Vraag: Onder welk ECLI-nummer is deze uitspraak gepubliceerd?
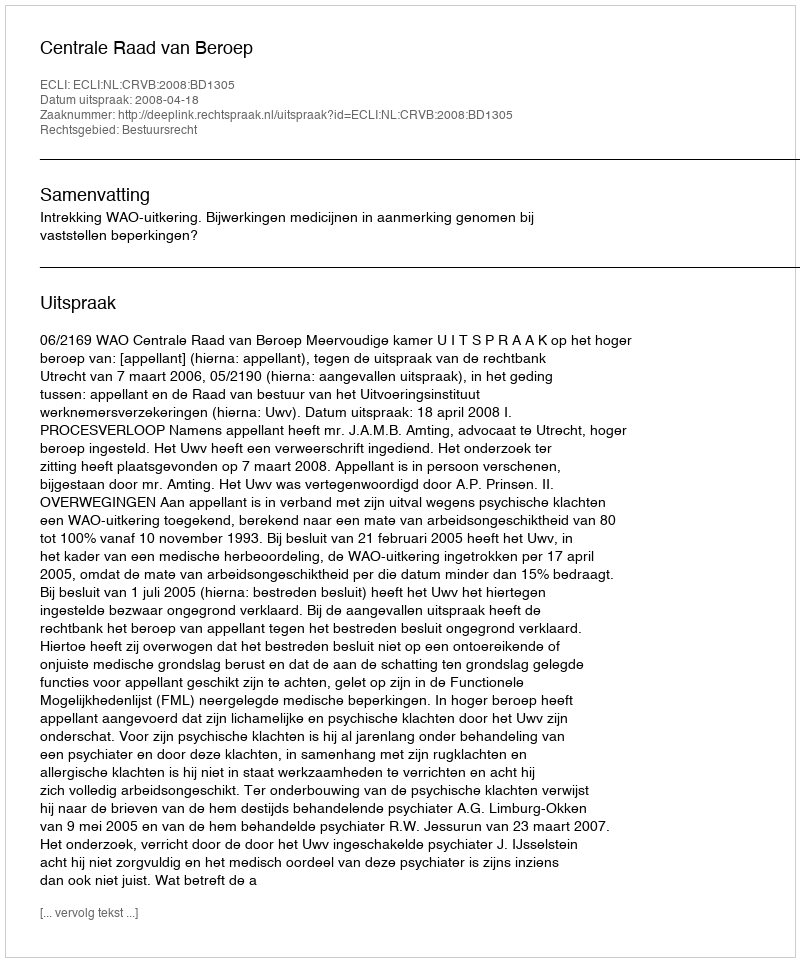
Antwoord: ECLI:NL:CRVB:2008:BD1305